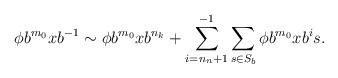
LaTeX: \begin{align*}\phi b^{m_0}xb^{-1}\sim\phi b^{m_0}xb^{n_k}+\sum_{i=n_n+1}^{-1}\sum_{s\in S_b}\phi b^{m_0}xb^{i}s.\end{align*}